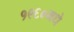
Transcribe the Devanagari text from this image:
१९६०मधे